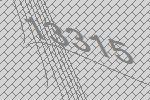
13315